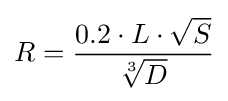
R={\frac {0.2\cdot L\cdot {\sqrt {S}}}{\sqrt[{3}]{D}}}